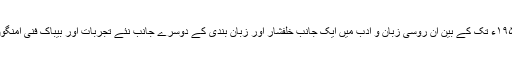
۱۹۳۴ء سے ۱۹۵۴ء تک کے بین ان روسی زبان و ادب میں ایک جانب خلفشار اور زبان بندی کے دوسرے جانب نئے تجربات اور بیباک فنی امنگوں کے سال ہیں۔